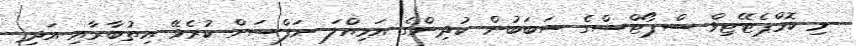
މި ކޮމްޕެޓޭޓިވް ސްޕޯޓްސްގެ ސަބަބުން ކުދިންގެ އަމިއްލަ ނަފްސަށް ކުރެވޭ އިތުބާރާއި އަދި